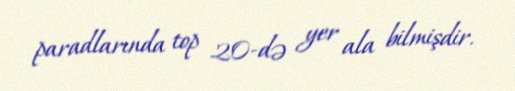
paradlarında top 20-də yer ala bilmişdir.